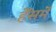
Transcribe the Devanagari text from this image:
हॅेसमें